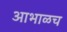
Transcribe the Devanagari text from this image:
आभाळच